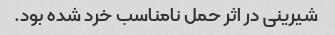
شیرینی در اثر حمل نامناسب خرد شده‌ بود.